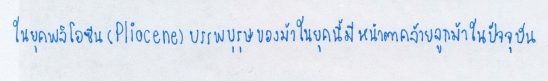
ในยุคพลิโอซีน(Pliocene)บรรพบุรุษของม้าในยุคนี้มีหน้าตาคล้ายลูกม้าในปัจจุบัน